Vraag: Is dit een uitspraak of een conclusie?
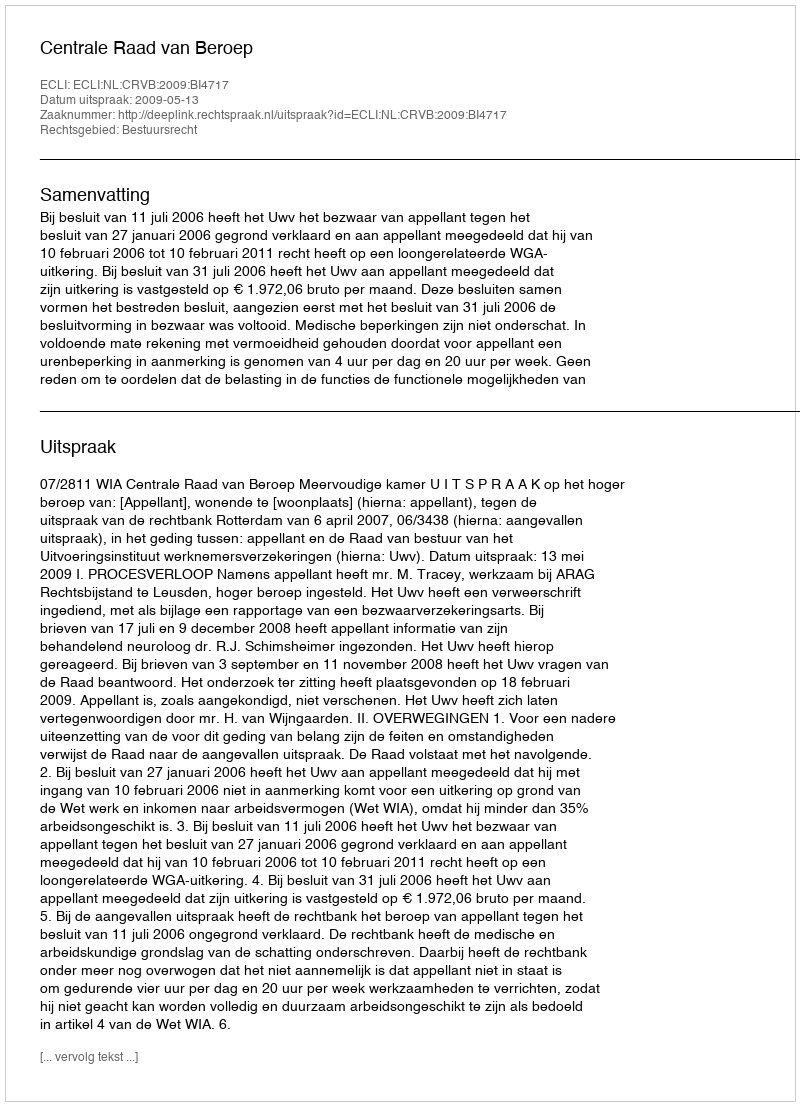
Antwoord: Uitspraak